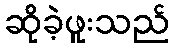
ဆိုခဲ့ဖူးသည်